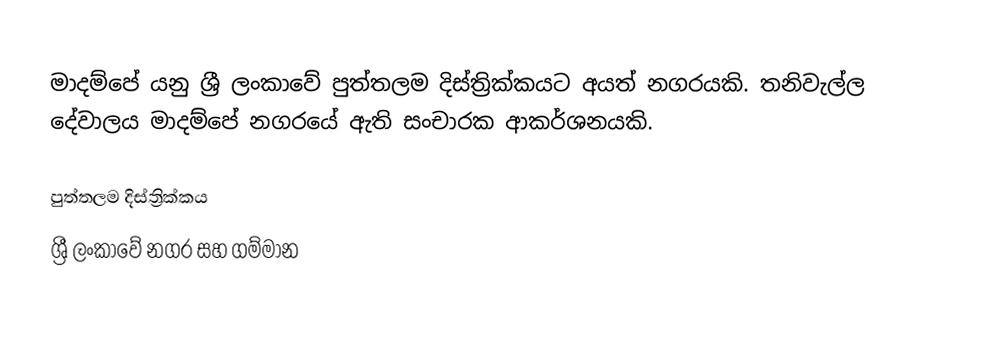
මාදම්පේ යනු ශ්‍රී ලංකාවේ පුත්තලම දිස්ත්‍රික්කයට අයත් නගරයකි. තනිවැල්ල දේවාලය මාදම්පේ නගරයේ ඇති සංචාරක ආකර්ශනයකි.

පුත්තලම දිස්ත්‍රික්කය
ශ්‍රී ලංකාවේ නගර සහ ගම්මාන